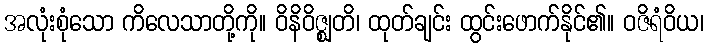
အလုံးစုံသော ကိလေသာတို့ကို။ ဝိနိဝိဇ္ဈတိ၊ ထုတ်ချင်း ထွင်းဖောက်နိုင်၏။ ဝဇိရံဝိယ၊